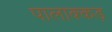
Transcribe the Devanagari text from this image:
पालाक्कड़